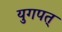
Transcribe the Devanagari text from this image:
युगपत्